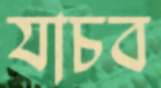
যাচব